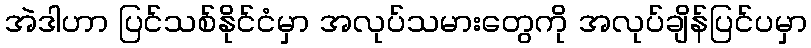
အဲဒါဟာ ပြင်သစ်နိုင်ငံမှာ အလုပ်သမားတွေကို အလုပ်ချိန်ပြင်ပမှာ